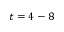
t = 4 - 8